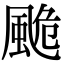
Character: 𩗜